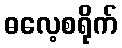
ဓလေ့စရိုက်